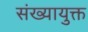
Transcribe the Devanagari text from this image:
संख्यायुक्त